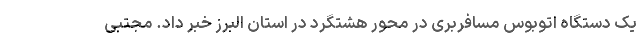
یک دستگاه اتوبوس مسافربری در محور هشتگرد در استان البرز خبر داد. مجتبی